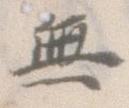
無